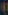
)